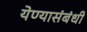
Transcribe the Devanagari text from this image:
येण्यासंबंधी